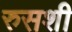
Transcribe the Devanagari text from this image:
रुसशी